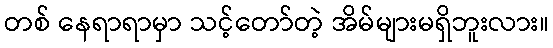
တစ် နေရာရာမှာ သင့်တော်တဲ့ အိမ်များမရှိဘူးလား။